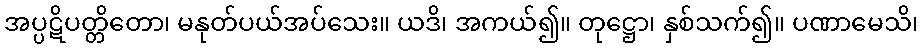
အပ္ပဋိပတ္တိတော၊ မနုတ်ပယ်အပ်သေး။ ယဒိ၊ အကယ်၍။ တုဋ္ဌော၊ နှစ်သက်၍။ ပဏာမေသိ၊